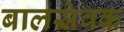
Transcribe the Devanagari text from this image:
बालसेवक